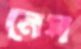
নেস